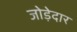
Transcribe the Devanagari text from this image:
जोड़ेदार